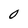
Character: 0